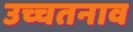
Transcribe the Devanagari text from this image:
उच्चतनाव